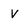
Character: V